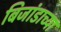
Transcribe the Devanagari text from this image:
बिजांडाच्या